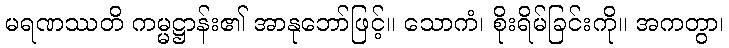
မရဏဿတိ ကမ္မဋ္ဌာန်း၏ အာနုဘော်ဖြင့်။ သောကံ၊ စိုးရိမ်ခြင်းကို။ အကတွာ၊